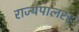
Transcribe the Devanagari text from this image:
राज्यपालरह